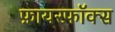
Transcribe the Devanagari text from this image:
फ़ायरफॉक्स